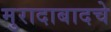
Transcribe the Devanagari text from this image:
मुरादाबादचे